Report on the working of the Ranchi Indian Mental Hospital, Kanke, in Bihar and Orissa - 1930-1940
Year: 1930
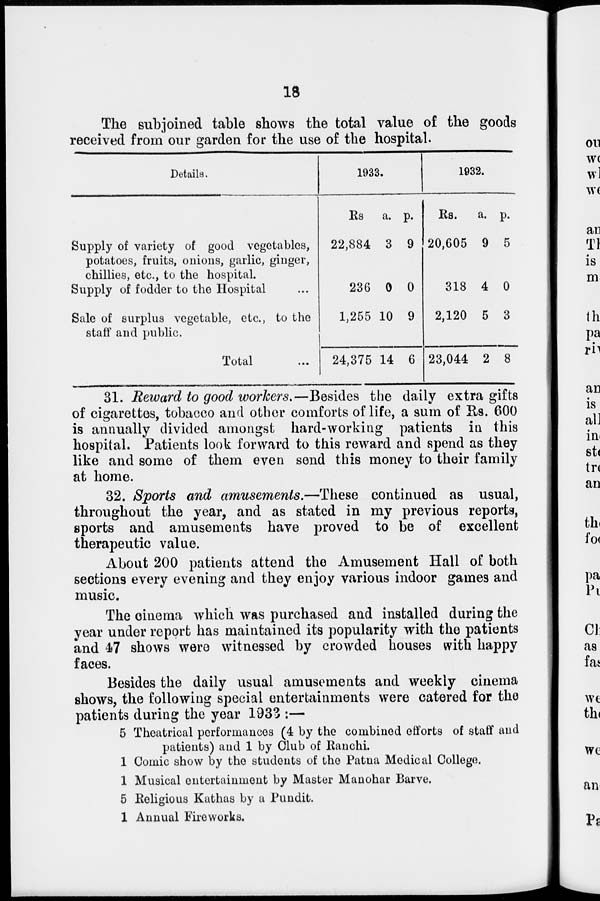
18
The subjoined table shows the total value of the goods
received from our garden for the use of the hospital.
Details.
Supply of variety of good vegetables,
potatoes, fruits, onions, garlic, ginger,
chillies, etc., to the hospital.
Supply of fodder to the Hospital ...
Sale of surplus vegetable, etc., to the
staff and public.
Total ...
1933.
Rs.
22,884
236
1,255
24,375
a.
3
0
10
14
p.
9
0
9
6
1932.
Rs.
20,605
318
2,120
23,044
a.
9
4
5
2
p.
5
0
3
8
31. Reward to good workers.—Besides the daily extra gifts
of cigarettes, tobacco and other comforts of life, a sum of Rs. 600
is annually divided amongst hard-working patients in this
hospital. Patients look forward to this reward and spend as they
like and some of them even send this money to their family
at home.
32. Sports and amusements.—These continued as usual,
throughout the year, and as stated in my previous reports,
sports and amusements have proved to be of excellent
therapeutic value.
About 200 patients attend the Amusement Hall of both
sections every evening and they enjoy various indoor games and
music.
The cinema which was purchased and installed during the
year under report has maintained its popularity with the patients
and 47 shows were witnessed by crowded houses with happy
faces.
Besides the daily usual amusements and weekly cinema
shows, the following special entertainments were catered for the
patients during the year 1933 :—
5 Theatrical performances (4 by the combined efforts of staff and
patients) and 1 by Club of Ranchi.
1 Comic show by the students of the Patna Medical College.
1 Musical entertainment by Master Manohar Barve.
5 Religious Kathas by a Pundit.
1 Annual Fireworks.